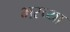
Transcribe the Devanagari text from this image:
भरच्या